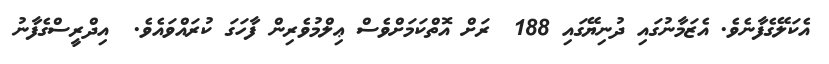
އެކަލޭގެފާނެވެ. އެޒަމާނުގައި ދުނިޔޭގައި 188  ރަށް އޮތްކަމަށްވެސް ޢިލްމުވެރިން ފާހަގަ ކުރައްވައެވެ.  އިދްރީސްގެފާނު